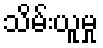
သိမ်းယူမှု